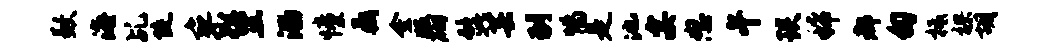
歉海乩陡寥堡溜憧鼎金版砌髭芸到惕是池宴怒午琰稀都甸柢裸胡